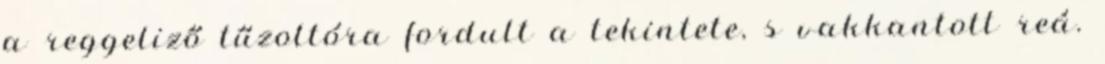
a reggeliző tűzoltóra fordult a tekintete, s vakkantott reá.